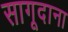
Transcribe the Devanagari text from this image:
सागूदाना